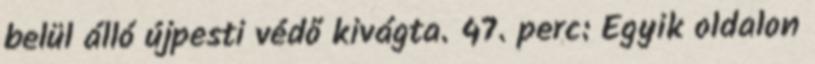
belül álló újpesti védő kivágta. 47. perc: Egyik oldalon